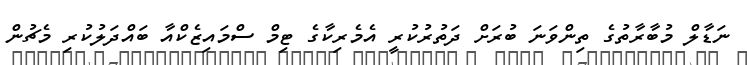
ނަޑާލް މުބާރާތުގެ ތިންވަނަ ބުރަށް ދަތުރުކުރީ އެމެރިކާގެ ޓިމް ސްމައިޒެކްއާ ބައްދަލުކުރި މެޗުން